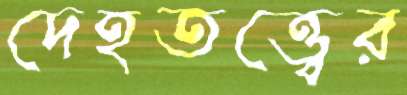
দেহতত্ত্বের